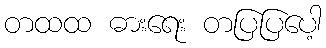
တထထ ဓားရေး တပြပြပေါ့